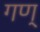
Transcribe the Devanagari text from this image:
गण्